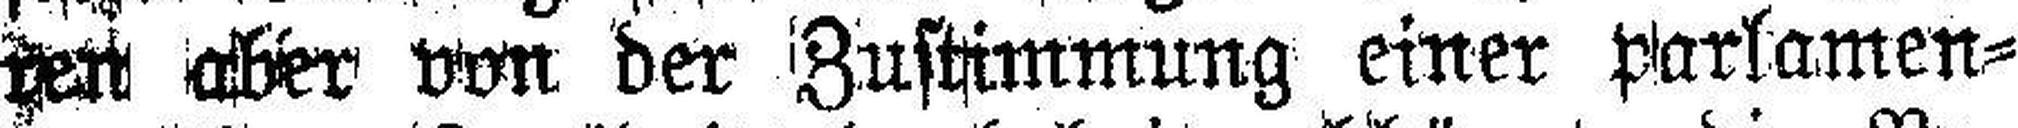
ren aber von der Zustimmung einer parlamen¬